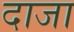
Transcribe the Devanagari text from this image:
दाजा